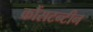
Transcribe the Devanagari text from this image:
कौंसटन्टीन